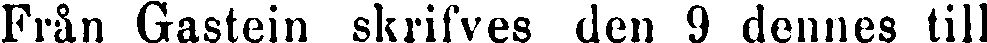
Från Gastein skrifves den 9 dennes till